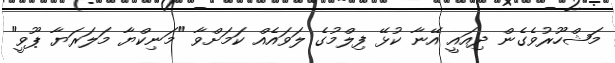
މަޝްހޫރުވެގެން ދިއައީ އޭނާ ކުޅޭ ފިލްމުގެ ލަވައެއް ކަމަށްވާ "މަނިކްޔާ މަލަރަޔާ ޕޫވީ"